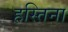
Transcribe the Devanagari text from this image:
हस्तिना